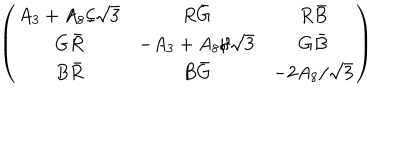
\left( \begin{array} { c c c } { { A _ { 3 } + A _ { 8 } / \sqrt { 3 } } } & { { R \bar { G } } } & { { R \bar { B } } } \\ { { G \bar { R } } } & { { - A _ { 3 } + A _ { 8 } / \sqrt { 3 } } } & { { G \bar { B } } } \\ { { B \bar { R } } } & { { B \bar { G } } } & { { - 2 A _ { 8 } / \sqrt { 3 } } } \\ \end{array} \right)